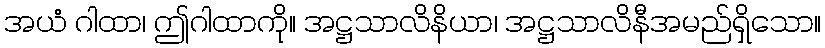
အယံ ဂါထာ၊ ဤဂါထာကို။ အဋ္ဌသာလိနိယာ၊ အဋ္ဌသာလိနီအမည်ရှိသော။